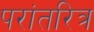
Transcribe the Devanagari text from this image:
परांतरित्र